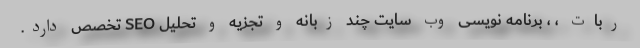
ربات ، ، برنامه نویسی وب سایت چند زبانه و تجزیه و تحلیل SEO تخصص دارد.